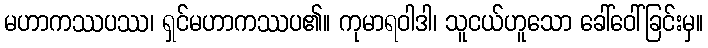
မဟာကဿပဿ၊ ရှင်မဟာကဿပ၏။ ကုမာရဝါဒါ၊ သူငယ်ဟူသော ခေါ်ဝေါ်ခြင်းမှ။